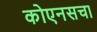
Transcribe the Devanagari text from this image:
कोएनसचा